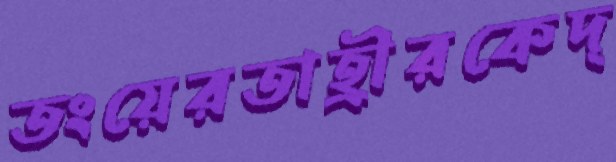
তংয়েরতাহ্রীরকেদ্